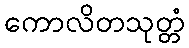
ကောလိတသုတ္တံ